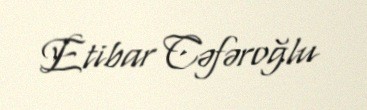
Etibar Cəfəroğlu